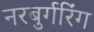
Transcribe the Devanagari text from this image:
नरबुर्गरिंग